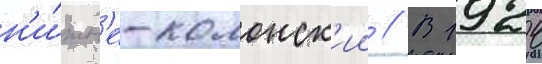
н'и́жн'е-колонск'ии // В 1924